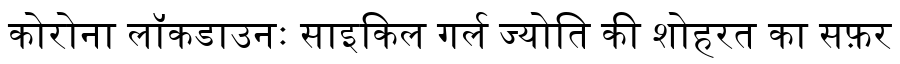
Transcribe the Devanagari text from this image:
कोरोना लॉकडाउनः साइकिल गर्ल ज्योति की शोहरत का सफ़र